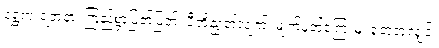
ရွှေကုံးရတနာ၊ ကြည်စွာပြတ်ပြတ်၊ ပီတိညွတ်လျက်၊ မျက်မှတ်ကြေးမုံ၊ ရှုတုံတုံလျှင်၊